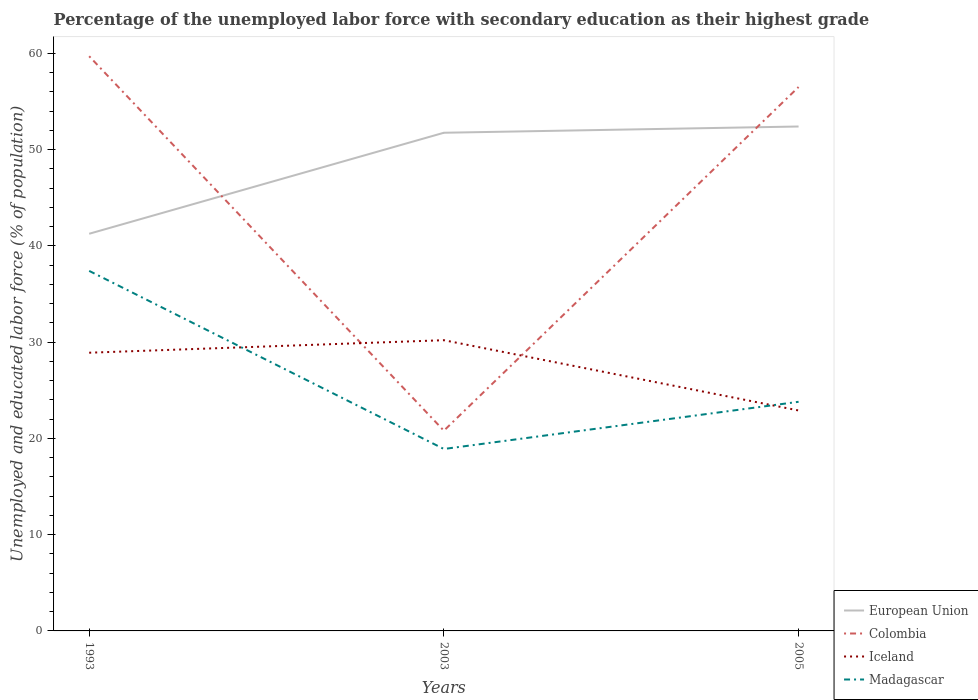
| Years | European Union | Colombia | Iceland | Madagascar |
 | --- | --- | --- | --- | --- |
 | 1993 | 41.3 | 59.7 | 28.9 | 37.4 |
 | 2003 | 51.7 | 20.8 | 30.2 | 18.9 |
 | 2005 | 52.4 | 56.5 | 22.9 | 23.8 |